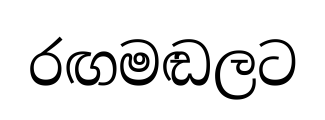
රඟමඬලට